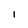
Character: 1